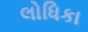
લોધિકા